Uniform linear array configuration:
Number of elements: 64
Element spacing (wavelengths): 1
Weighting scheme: blackman
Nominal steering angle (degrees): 60
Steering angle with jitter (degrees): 61.856
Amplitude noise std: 0.05
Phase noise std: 0.05

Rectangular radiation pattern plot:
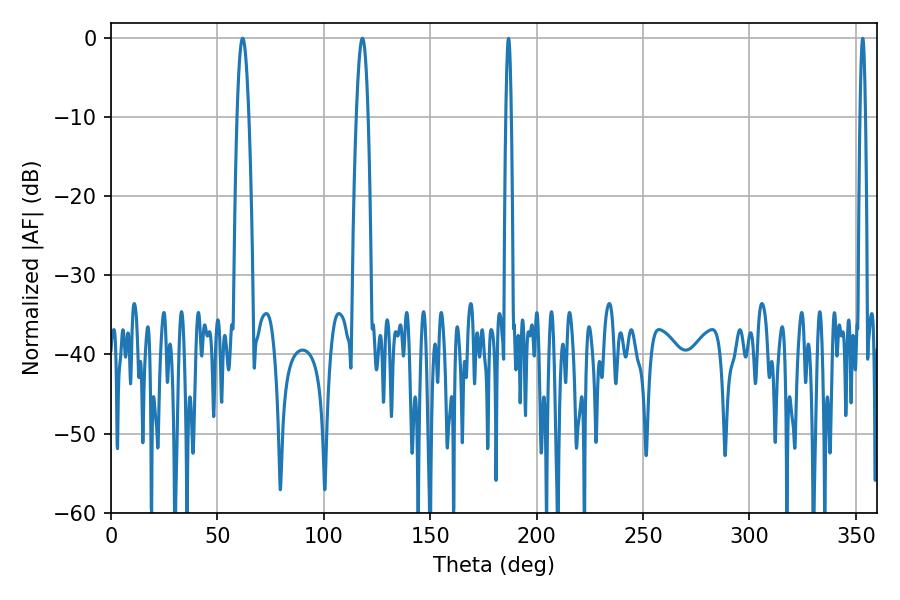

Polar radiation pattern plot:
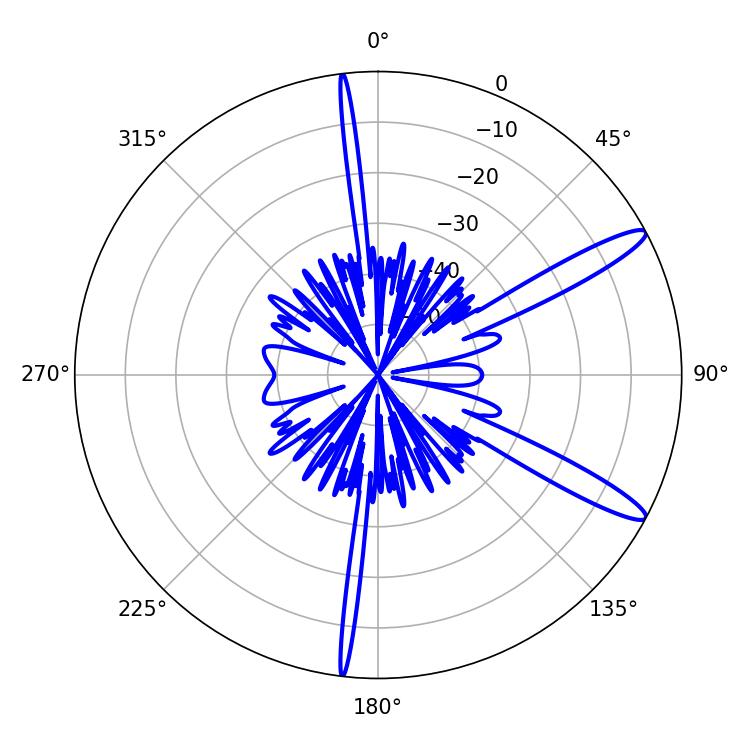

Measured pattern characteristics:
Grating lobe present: TRUE
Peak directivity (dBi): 13.201
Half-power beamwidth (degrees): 2.88
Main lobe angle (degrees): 61.92